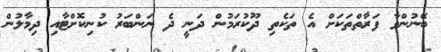
ބޭނުންވާ ފަރާތްތަކަށް އެ ތަކެތި ދޫކުރަމުން ދަނީ ދެ ނަންބަރު ކުނިކޮށްޓާއި ދިމާލުން